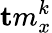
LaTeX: {\mathbf tm}_{x}^{k}